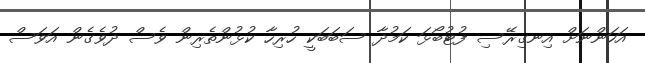
އަހަންނަށް އިނގިރޭސި ފުޓުބޯޅަ ކަމުދާ ސަބަބަކީ ހުރިހާ ކުޅުންތެރިން ވެސް ދުވެގެން އަވަސް